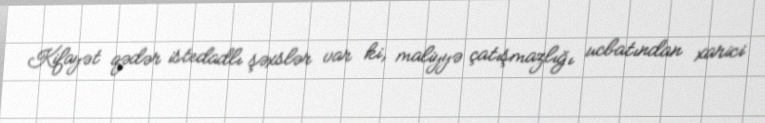
Kifayət qədər istedadlı şəxslər var ki, maliyyə çatışmazlığı ucbatından xarici